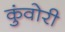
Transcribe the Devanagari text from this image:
कुंवोरी